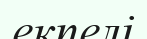
екпелі